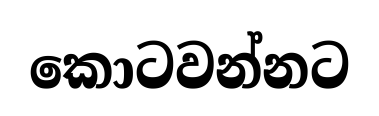
කොටවන්නට